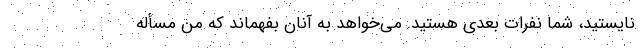
نایستید، شما نفرات بعدی هستید. می‌خواهد به آنان بفهماند که من مسأله